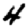
Digit: 4